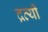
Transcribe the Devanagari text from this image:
द्रव्यी